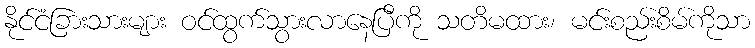
နိုင်ငံခြားသားများ ဝင်ထွက်သွားလာနေပြီကို သတိမထား၊ မင်းစည်းစိမ်ကိုသာ